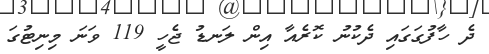
ދެ ހާފުގަގައި ދެކުނު ކޮރެއާ އިން ލަނޑު ޖެހީ 119 ވަނަ މިނިޓުގަ